Papers set at the Examination for Leaving Certificates, 1890
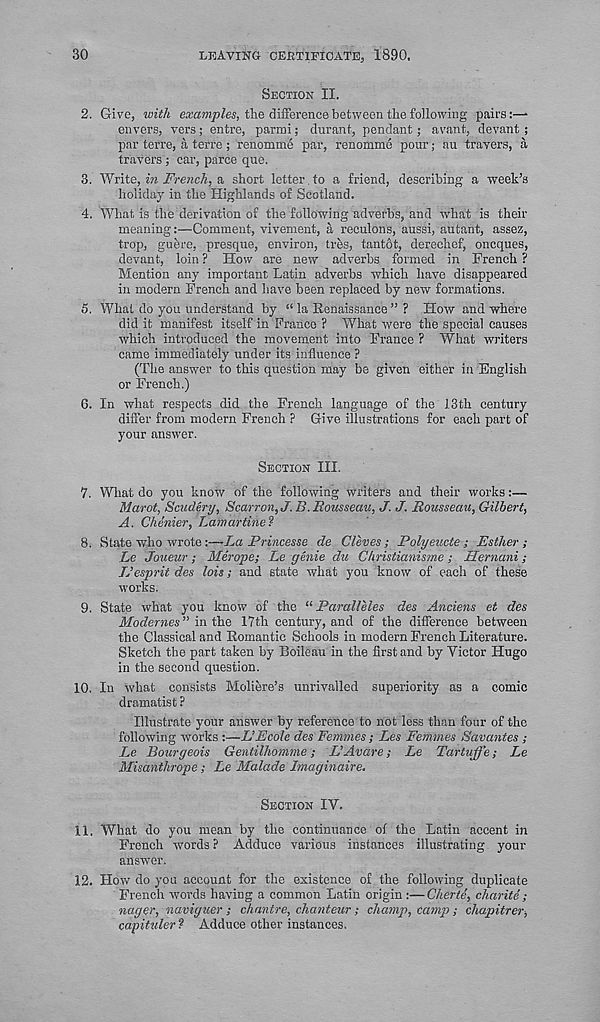
30
LEAVING CERTIFICATE, 1890.
SECTION II.
2. Give, with ea:a»ijB/es, the difference between the follovving pairs:—
envers, vers; entre, parmi; durant, pendant; avant, devant ;
par terre, a terre; renommd par, renomme pour; au travers, a
travel’s ; car, parce que.
3. Write, in French, & short letter , to a friend, describing a week’s
holiday in the Highlands of Scotland.
4. What is the derivation of the following adverbs, and what is their
meaning:—Comment, vivement, a reculons, aussi, autant, assez,
trop, guere, presque, environ, tres, tantot, derechef, oncques,
devant, loin ? How are new adverbs formed in French ?
Mention any important Latin adverbs which have disappeared
in modern French and have been replaced by new formations.
5. What do you understand by “ la Eenaissance ” ? How and where
did it manifest itself in France ? What were the special causes
which introduced the movement into France ? What writers
came immediately under its influence ?
(The answer to this question may be given either in English
or French.)
6. In what respects did the French language of the 13th century
differ from modern French ? Give illustrations for each part of
your answer.
SECTION III.
7. What do you know of the following writers and their works:—
Marot, Snidery, Scarron,J. B. Rousseau, J. J. Rousseau, Gilbert,
A. Chenier, Lamartine?
8. State who wi-ote:—-La Princesse de Cleves ; Polyeucte ; Esther;
Le Joueur; Merope; Le genie du Christianisme ; Hernani;
IJesprit des lois; and state what you know of each of these
works.
9. State what you know of the “ Par alleles des Anciens et des
Modernes” vn. the 17th century, and of the difference between
the Classical and Romantic Schools in modern French Literature.
Sketch the part taken by Boileau in the first and by Victor Hugo
in the second question.
10.
In what consists Moliere’s unrivalled superior
dramatist ?
Illustrate your answer by reference to not less than four of the
following works :—L’Ecole des Femmes; Les Femmes Savantes ;
Le Bourgeois Gentilhbmme; L’Avare; Le Tartuffe; Le
Misanthrope; Le Malade Imacjinaire.
SECTION IV.
11. What do you mean by the continuance of the Latin accent in
French words? Adduce various instances illustrating, your
answer.
12. How do you account for the existence of the following duplicate
French words having a common Latin origin :—Cherte, charite ;
nager, naviguer ; chantre, chanteur ; champ, camp; chapitrer,
cdpituler ? Adduce other instances.